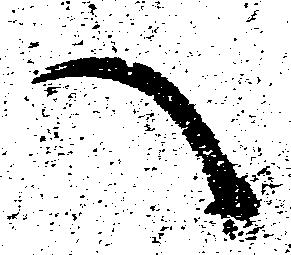
へ